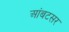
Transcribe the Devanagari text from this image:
आंबटसर